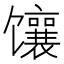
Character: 𫗵